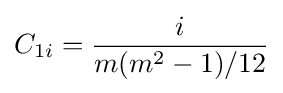
C_{1i}={\frac {i}{m(m^{2}-1)/12}}